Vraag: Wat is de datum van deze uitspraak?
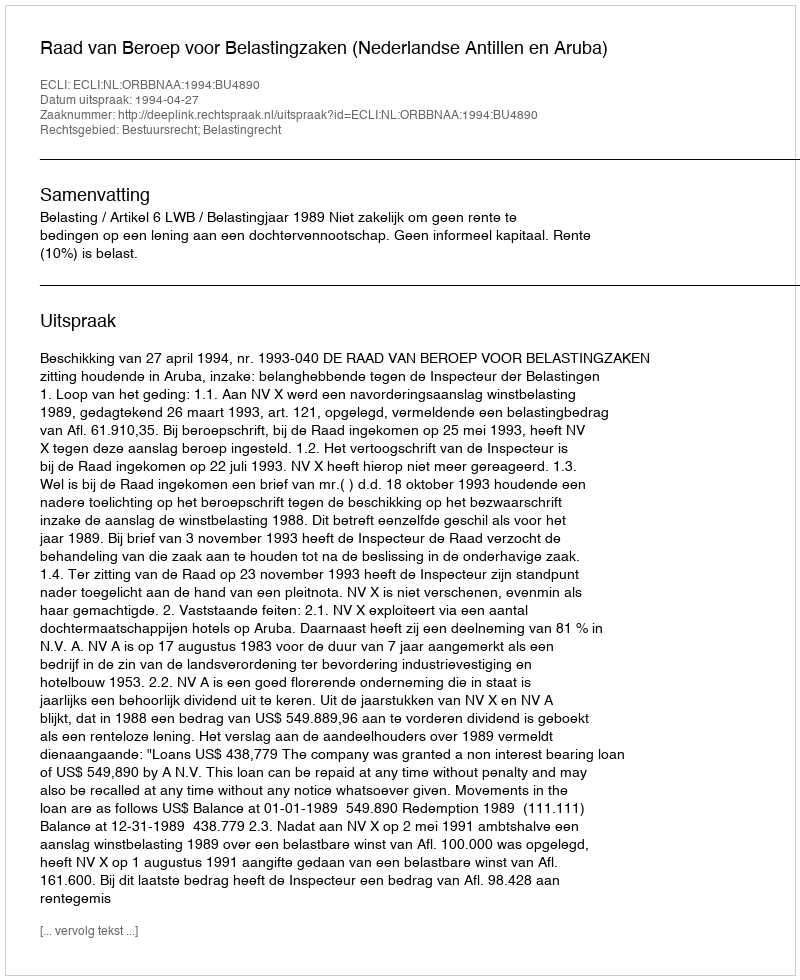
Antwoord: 1994-04-27